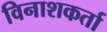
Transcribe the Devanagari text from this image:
विनाशकर्ता